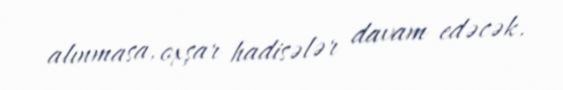
alınmasa, oxşar hadisələr davam edəcək.